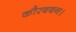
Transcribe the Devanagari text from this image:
कौरबबन।